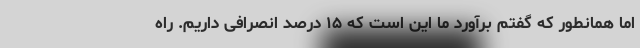
اما همانطور که گفتم برآورد ما این است که ۱۵ درصد انصرافی داریم. راه